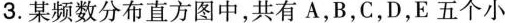
3.某频数分布直方图中，共有A，B，C，D，E五个小